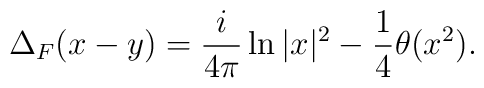
\Delta_F(x-y)=\frac{i}{4\pi}\ln |x|^2-\frac{1}{4}\theta (x^2).